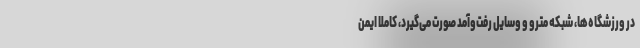
در ورزشگاه‌ها، شبکه مترو و وسایل رفت‌وآمد صورت می‌گیرد، کاملا ایمن